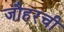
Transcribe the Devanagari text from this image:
जौहरची